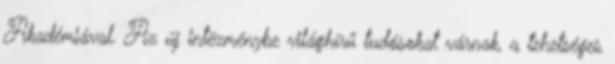
Akadémiával. Az új intézménybe világhírű tudósokat várnak, a tehetséges